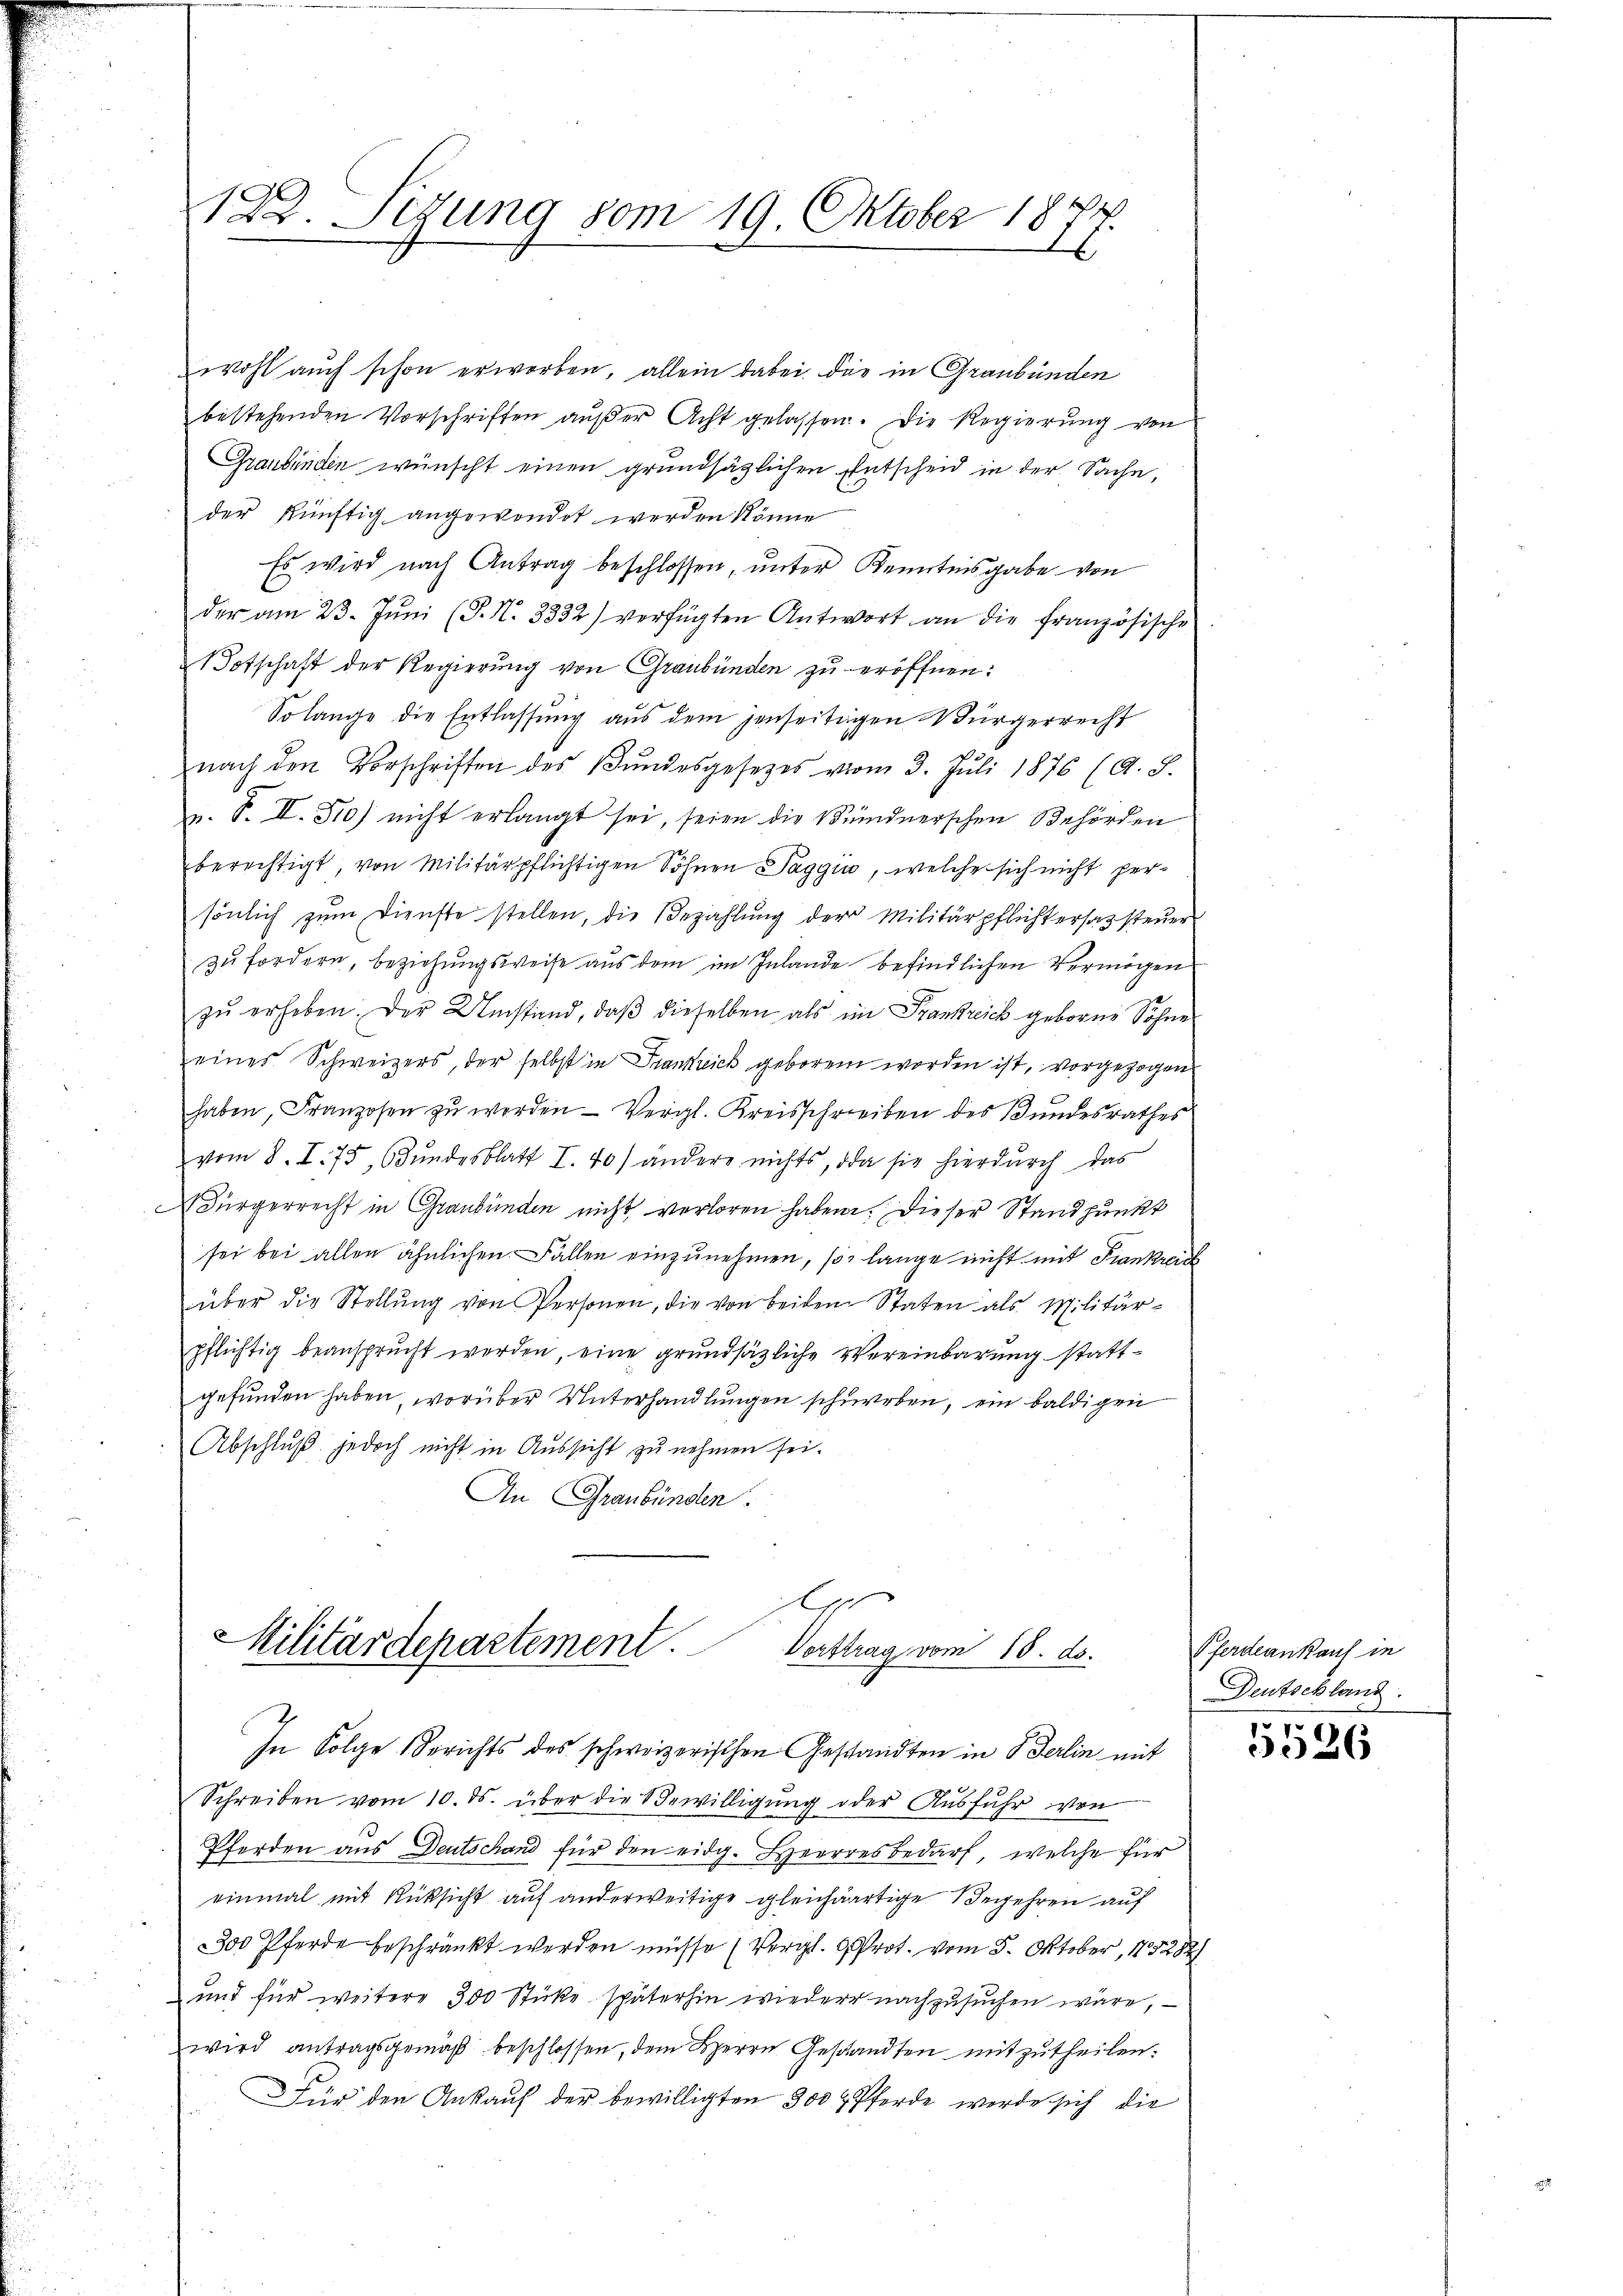
122. Sizung vom 19. Oktober 187
.

wohl auch schon erworben, allein dabei der in Graubünden
bestehenden Vorschriften aŭβer Acht gelassen. Die Regierung von
Graubünden wünscht einen grundsätzlichen Entscheid in der Sache,
der künftig angewendet werden könne
Es wird nach Antrag beschlossen, unter Kenntnisgabe von
der am 23. Jŭni (P. N. 3332) verfügten Antwort an die französische
1Totschaft der Regierung von Graubünden zu eröffnen:
Solange die Entlassung aus dem jenseitigen Bürgerrecht
nach den Vorschriften des Bŭndesgesetzes vom 3. Juli 1876 (A. S.
p. P. II. 310) nicht erlangt sei, seien die Bündnerschen Behörden
berechtigt, von Militärpflichtigen Söhnen Taggi, welche sich nicht persönlich zum Dienste stellen, die Bezahlung der Militärpflichtersazsteuer
zu fordern, beziehungsweise aus dem im Inlande befindlichen Vermögen
zŭ erheben. Der Umstand, daβ dieselben als in Frankreich geborene Söhne
eines Schweizers, der selbst in Frankreich geboren worden ist, vorgezogen
haben, Franzosen zu werden — Vergl. Kreisschreiben des Bundesrathes
vom 8. I. 75, Bundesblatt I. 40) andere nichts, da sie hierdurch das
ABürgerrecht in Graubünden nicht verloren haben. Dieser Standpunkt
sei bei allen ähnlichen Fallen einzŭnehmen, so lange nicht mit Frankreb
über die Stellŭng von Personen, die von beiden Staten als Militär-
pflichtig beansprucht werden, eine grundsätzliche Vereinbarung stattgefunden haben, worüber Unterhandlungen schweben, ein baldigen
Abschluß jedoch nicht in Aussicht zu nehmen sei.
An Graubünden.

f
Militärdepartement.
Vorttrag vom 15. ds.

Schreiben vom 10. ds. über die Bewilligung oder Ausfuhr von
Pferden aus Deutschand für den eidg. Herrres bedarf, welche für
einmal mit Rücksicht auf anderweitige gleichartige Begehren auf
300 Pferde beschränkt werden müsse (Vergl. 9 Prot. vom 5. Oktober, 185282/
und für weitere 300 Stücke späterhin wieder nachzusuchen wäre,
wird antragsgemäß beschlossen, dem Herrn Gesandten mitzutheilen.
Für den Ankauf der bewilligten 300 Pferde werde sich die

In Folge Berichts des schweizerischen Gestandten in 8 Gerlin mit

Pferdeankauf in
Deutschland.

5586